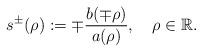
LaTeX: \begin{align*}s^{\pm}(\rho):=\mp\frac{b(\mp\rho)}{a(\rho)},\quad\rho\in\mathbb{R}.\end{align*}